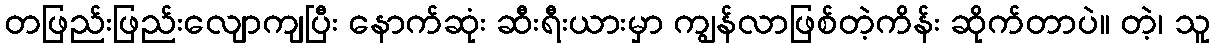
တဖြည်းဖြည်းလျောကျပြီး နောက်ဆုံး ဆီးရီးယားမှာ ကျွန်လာဖြစ်တဲ့ကိန်း ဆိုက်တာပဲ။ တဲ့၊ သူ